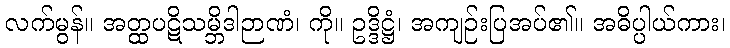
လက်မွန်။ အတ္ထပဋိသမ္ဘိဒါဉာဏံ၊ ကို။ ဥဒ္ဒိဋ္ဌံ၊ အကျဉ်းပြအပ်၏။ အဓိပ္ပါယ်ကား၊